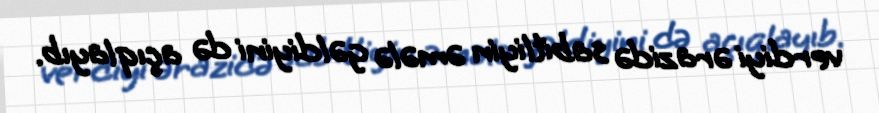
verdiyi ərazidə sabitliyin əmələ gəldiyini də açıqlayıb.